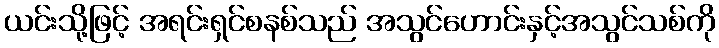
ယင်းသို့ဖြင့် အရင်းရှင်စနစ်သည် အသွင်ဟောင်းနှင့်အသွင်သစ်ကို